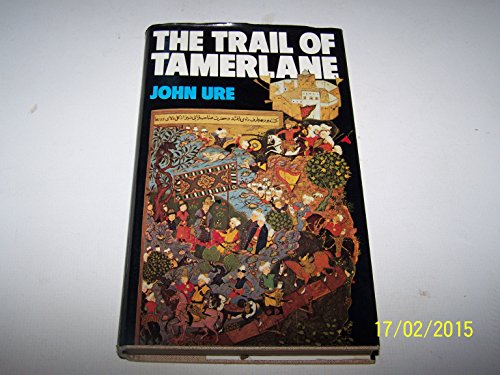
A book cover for The Trail of Tamerlane; John Ure; Travel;